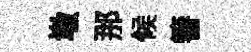
墩那候簮